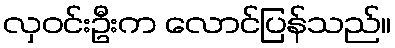
လှဝင်းဦးက လောင်ပြန်သည်။